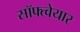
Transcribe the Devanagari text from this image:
सॉफ्त्वेयार